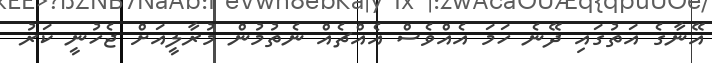
އޭނާގެ އަތުގައި ދޭނެ ހަމަ އެއްވެސް އެއްޗެއް ނެތުމުން މުރާލީއަށް ޖެހުނީ ކަރު